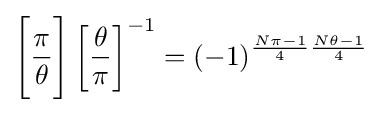
{\Bigg [}{\frac {\pi }{\theta }}{\Bigg ]}\left[{\frac {\theta }{\pi }}\right]^{-1}=(-1)^{{\frac {N\pi -1}{4}}{\frac {N\theta -1}{4}}}